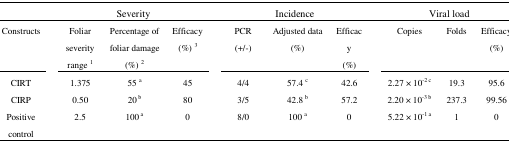
<table><thead><tr><td></td><td></td><td colspan="3"><b>Severity </b></td><td></td><td colspan="3"><b> Incidence </b></td><td></td><td colspan="3"><b>Viral load</b></td></tr></thead><tbody><tr><td>Constructs</td><td></td><td>Foliar severityrange <sup>1</sup></td><td>Percentage of foliar damage(%) <sup>2</sup></td><td>Efficacy(%) <sup>3</sup></td><td></td><td>PCR(+/-)</td><td>Adjusted data(%)</td><td>Efficacy(%)</td><td></td><td>Copies</td><td>Folds</td><td>Efficacy(%)</td></tr><tr><td>CIRT</td><td></td><td>1.375</td><td>55 <sup>a</sup></td><td>45</td><td></td><td>4/4</td><td>57.4 <sup>c</sup></td><td>42.6</td><td></td><td>2.27 × 10<sup>-2 c</sup></td><td>19.3</td><td>95.6</td></tr><tr><td>CIRP</td><td></td><td>0.50</td><td>20<sup> b</sup></td><td>80</td><td></td><td>3/5</td><td>42.8 <sup>b</sup></td><td>57.2</td><td></td><td>2.20 × 10<sup>-3 b</sup></td><td>237.3</td><td>99.56</td></tr><tr><td>Positive control</td><td></td><td>2.5</td><td>100<sup> a</sup></td><td>0</td><td></td><td>8/0</td><td>100 <sup>a</sup></td><td>0</td><td></td><td>5.22 × 10<sup>-1 a</sup></td><td>1</td><td>0</td></tr></tbody></table>